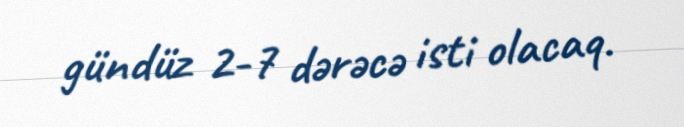
gündüz 2-7 dərəcə isti olacaq.